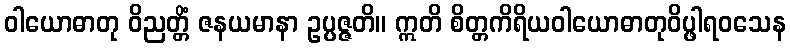
ဝါယောဓာတု ဝိညတ္တိံ ဇနယမာနာ ဥပ္ပဇ္ဇတိ။ ဣတိ စိတ္တကိရိယဝါယောဓာတုဝိပ္ဖါရဝသေန